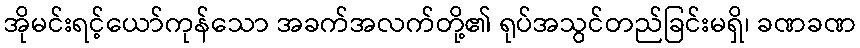
အိုမင်းရင့်ယော်ကုန်သော အခက်အလက်တို့၏ ရုပ်အသွင်တည်ခြင်းမရှိ၊ ခဏခဏ